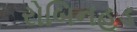
રોબિનહૂડ